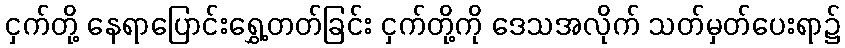
ငှက်တို့ နေရာပြောင်းရွှေ့တတ်ခြင်း ငှက်တို့ကို ဒေသအလိုက် သတ်မှတ်ပေးရာ၌